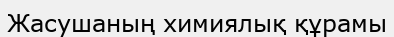
Жасушаның химиялық құрамы